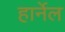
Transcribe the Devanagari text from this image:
हार्नेल